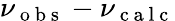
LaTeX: \nu_{\mathrm{~o~b~s~}}-\nu_{\mathrm{~c~a~l~c~}}